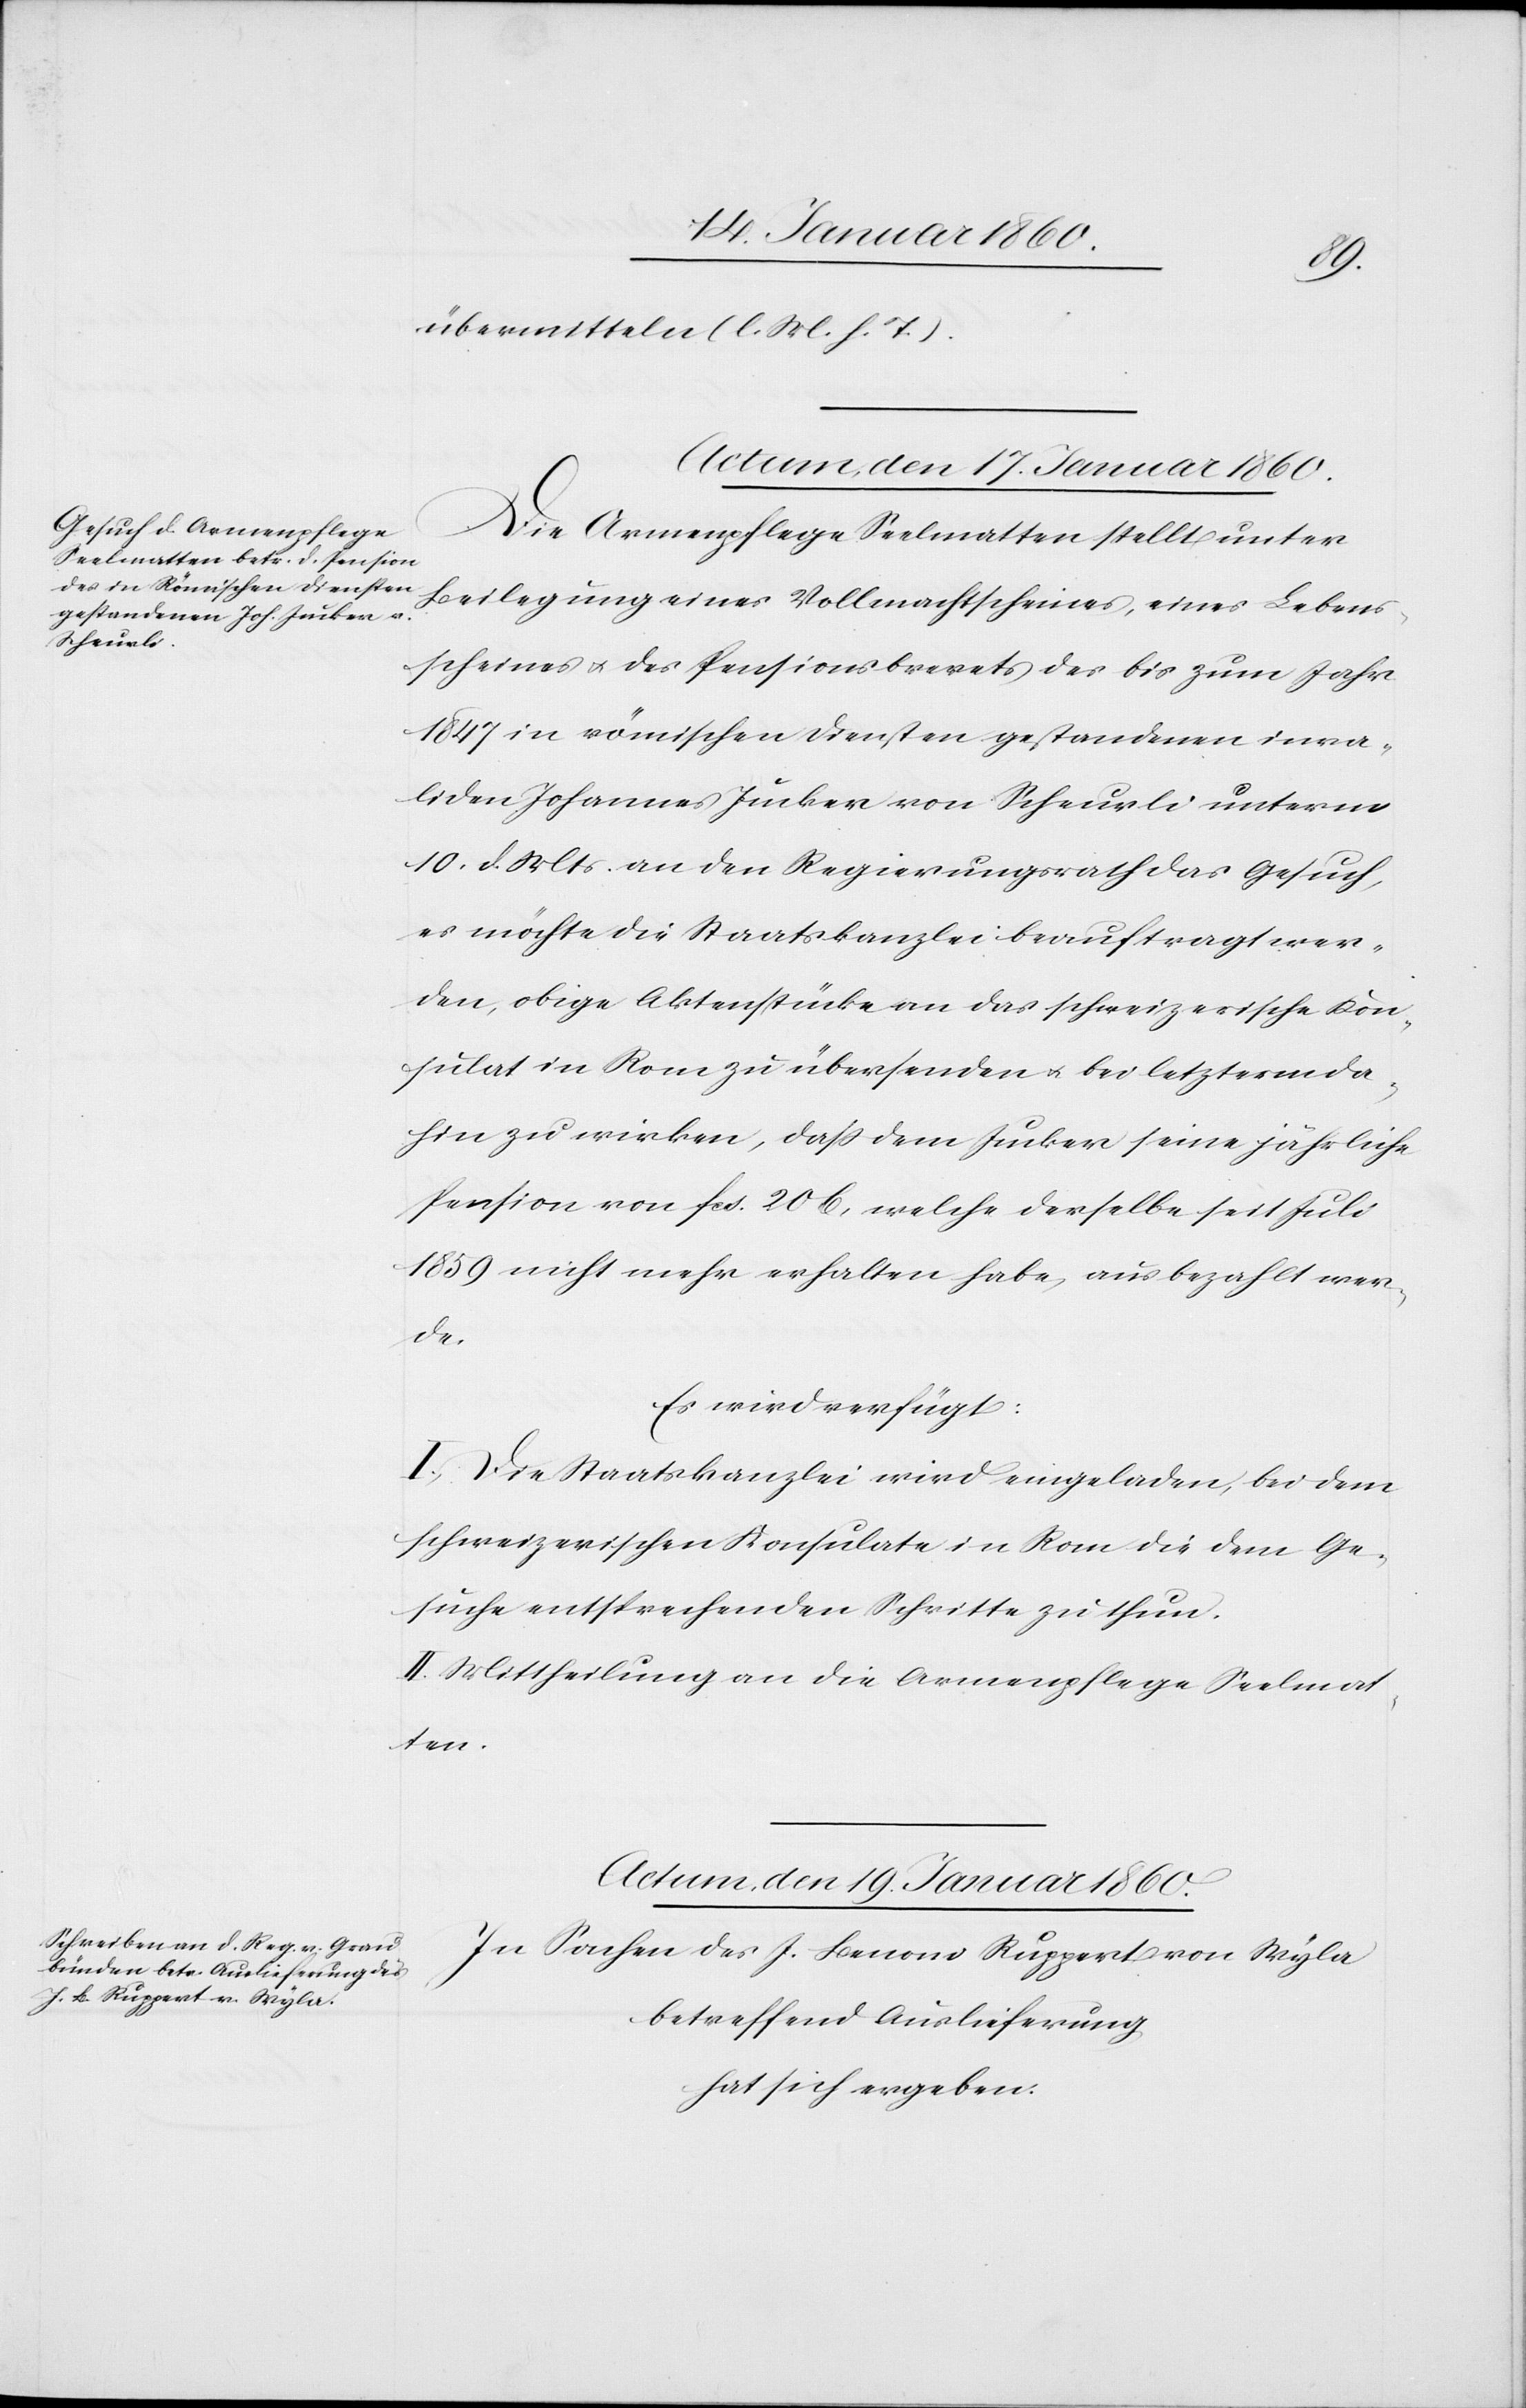
übermitteln [l. M. v. h. T].
Actum den 17. Januar 1860.
Die Armenpflege Seelmatten stellt unter
Beilegung eines Vollmachtscheines, eines Lebens¬
scheines u. des Pensionsbrevets des bis zum Jahr
1847 in römischen Diensten gestandenen inva¬
liden Johannes Jucker von Scheurli unterm
10. d. Mts. an den Regierungsrath das Gesuch,
es möchte die Staatskanzlei beauftragt wer¬
den, obige Aktenstücke an das schweizerische Kon¬
sulat in Rom zu übersenden u. bei letzterm da¬
hin zu wirken, dass dem Jucker seine jährliche
Pension von fcs. 206., welche derselbe seit Juli
1859 nicht mehr erhalten habe, ausbezahlt wer¬
de.
Es wird verfügt:
I. Die Staatskanzlei wird eingeladen, bei dem
schweizerischen Konsulate in Rom die dem Ge¬
suche entsprechenden Schritte zu thun.
II. Mittheilung an die Armenpflege Seelmat¬
ten.
Actum den 19. Januar 1860.
In Sachen des J. Benono [sic!] Ruppert von Wyla
betreffend Auslieferung
hat sich ergeben: